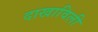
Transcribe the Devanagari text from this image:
दाखाविली